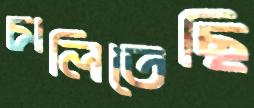
চালিতেছি